Bombay plague: being a history of the progress of plague in the Bombay presidency from September 1896 to June 1899
Year: 1896
Disease focus: Plague
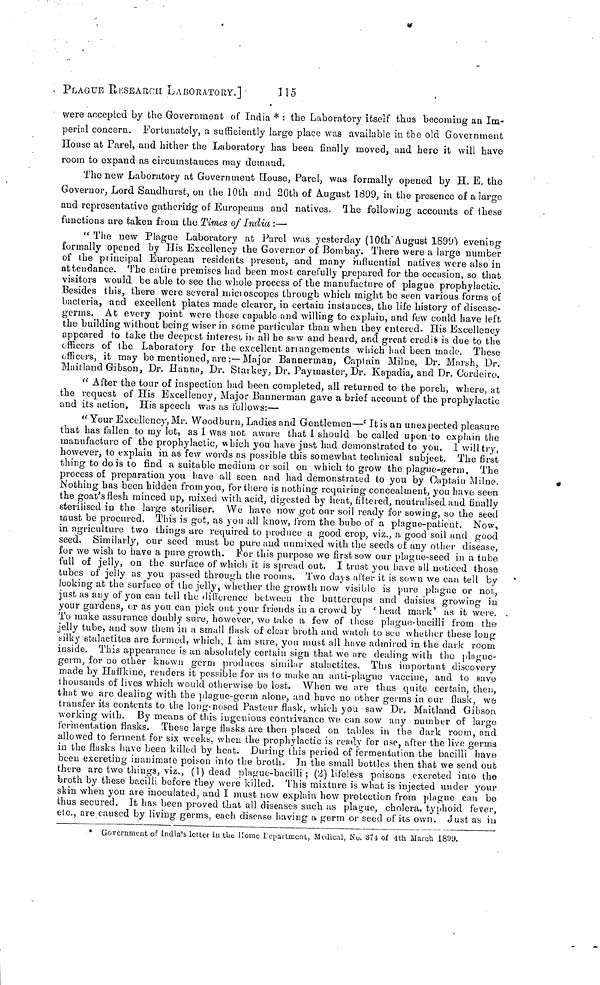
PLAGUE RESEARCH LABORATORY.]
115
were accepted by the Government of India * : the Laboratory itself thus becoming an Im-
perial concern. Fortunately, a sufficiently largo placo was available in the old Government
House at Parel, and hither the Laboratory has been finally moved, and hero it will have
room to expand as circumstances may demand.
The new Laboratory at Government House, Parel, was formally opened by H. E. the
Governor, Lord Sandhurst, on the 10th and 2Cth of August 1899, in the presence of a large
and representative gathering of Europeans and natives. The following accounts of these
functions are taken from the Times of India :—
" The new Plague Laboratory at Parel was yesterday (10th August 1899") evening
formally opened by His Excellency the Governor of Bombay. There were a large number
of the principal European residents present, and many influential natives were also in
attendance. The entire premises had been most carefully prepared for the occasion, so that
visitors would be able to see the whole process of the manufacture of plague prophylactic.
Besides this, there weie several micioscopes through which might bo seen various forms of
bacteria, and excellent plates made clearer, in certain instances, the life history of disease-
germs. At every point were those capable and willing to explain, and few could have left
the building without being wiser in some particular than when they entered. His Excellency
appeared to take the deepest interest in all he saw and heard, and great credit is due to the
officers of the Laboratory for the excellent arrangements which had been made. These
officers, it may be mentioned, are :—Major Bannerman, Captain Milne, Dr. Marsh, Dr.
Maitland Gibson, Dr. Hanna, Dr. Staikey, Dr. Paymaster, Dr. Kapadia, and Dr. Cordeiro.
" After the tour of inspection had been completed, all returned to the porch, where, at
the request of His Excellency, Major Bannerman gave a brief account of the prophylactic
and its action. His speech was as follows:—
"Your Excellency, Mr. Woodburn, Ladies and Gentlemen— It is an unexpected pleasure
that has fallen to my lot, as I was not aware that 1 should be called upon to explain the
manufacture of the prophylactic, which you have just had demonstrated to you. I will try,
however, to explain in as few words as possible this somewhat technical subject. The first
thing to do is to find a suitable medium or soil on which to grow the plague-germ. The
process of preparation you have all seen and had demonstrated to you by Captain Milne.
Nothing has been hidden from yon, for there is nothing requiring concealment, you have seen
the goat's flesh minced up, mixed with acid, digested by heat, filtered, neutralised and finally
sterilised in the large steriliser. We have now got our soil ready for sowing, so the seed
must be procured. This is got, as you all know, from the bubo of a plague-patient. Now,
in agriculture two things are required to produce a good crop, viz., a good soil and good
seed. Similarly, our seed must be pure and unmixed with the seeds of any other disease,
for we wish to have a pure growth. For this purpose we first sow our plague-seed in a tube
full of jelly, on the surface of which it is spread out. I trust you have all noticed those
tubes of jelly as you passed through the rooms. Two days after it is sown we can tell by
looking at the surface of the jelly, whether the growth now visible is pure plague or not,
just as any of you can tell the difference between the buttercups and daisies growing in
your gardens, or as you can pick out your friends in a crowd by ' head mark' as it were.
To make assurance doubly sure, however, we take a few of those plague-bacilli from the
jelly tube, and sow them in a small flask of clear broth and watch to see whether these long
silky stalactites are formed, which, I am sure, you must all have admired in the dark room
inside. This appearance is an absolutely certain sign that we are dealing with the plague-
germ, for no other known germ produces similar stalactites. This important discovery
made by Haffkine, renders it possible for us to make an anti-plague vaccine, and to save
thousands of lives which would otherwise be lost. When we are thus quite certain, then,
that we are dealing with the plague-germ alone, and have no other germs in our flask, we
transfer its contents to the long-nosed Pasteur flask, which you saw Dr. Maitland Gibson
working with. By means of this ingenious contrivance we can sow any number of large
fermentation flasks. These large flasks are then placed on tables in the dark room, and
allowed to ferment for six weeks, when the prophylactic is ready for use, after the live germs
in the flasks have been killed by heat. Dining this period of fermentation the bacilli have
been excreting inanimate poison into the broth. In the small bottles then that we send out
there are two things, viz., (1) dead plague-bacilli ; (2) lifeless poisons excreted into the
broth by these bacilli before they were killed. This mixture is what is injected under your
skin when you are inoculated, and I must now explain how protection from plague can be
thus secured. It has been proved that all diseases such as plague, cholera, typhoid fever,
etc., are caused by living germs, each disease having a germ or seed of its own. Just as in
* Government of India's letter in the Home Department, Medical, No. 374 of 4th March 1899.